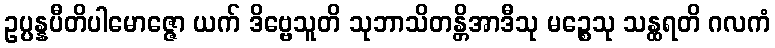
ဥပ္ပန္နပီတိပါမောဇ္ဇော ယက် ဒိဗ္ဗေသူတိ သုဘာသိတန္တိအာဒီသု မဉ္စေသု သန္ထရတိ ဂလကံ